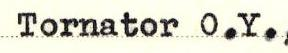
Tornator O.Y.